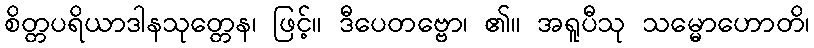
စိတ္တပရိယာဒါနသုတ္တေန၊ ဖြင့်။ ဒီပေတဗ္ဗော၊ ၏။ အရူပီသု သမ္မောဟောတိ၊